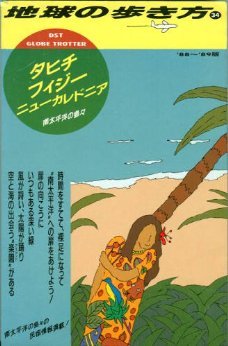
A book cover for Tahiti & Fiji & New Caledonia South Pacific Islands (DST Globe Trotter) '88-'89 Edition (Japanese Edition); Travel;